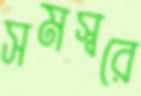
সমস্বরে